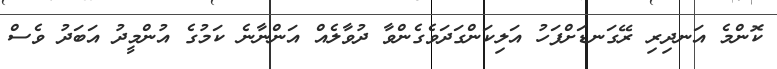
ކޮންމެ އަނދިރި ރޭގަނޑަށްފަހު އަލިކަންގަދަވެގެންވާ ދުވާލެއް އަންނާނެ ކަމުގެ އުންމީދު އަބަދު ވެސް